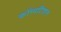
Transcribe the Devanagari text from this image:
कॉम्पटिशन